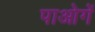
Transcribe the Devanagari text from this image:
पाओगें